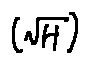
( \sqrt { H } )